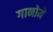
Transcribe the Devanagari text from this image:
गानोमे